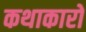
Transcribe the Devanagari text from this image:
कथाकारों